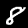
Label: 8